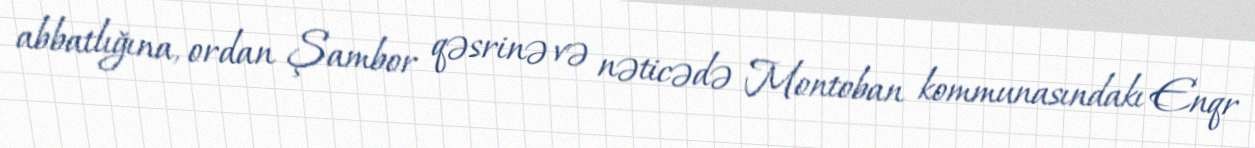
abbatlığına, ordan Şambor qəsrinə və nəticədə Montoban kommunasındakı Enqr